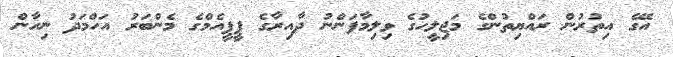
އޭގެ އިތުރުން ރައްޔިތުންގެ މަޖިލީހުގެ ވިލިމާފަންނު ދާއިރާގެ ޕީޕީއެމްގެ މެންބަރު އަހްމަދު ނިހާން